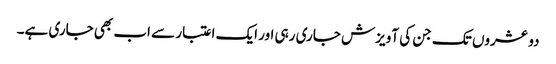
دو عشروں تک جن کی آویزش جاری رہی اور ایک اعتبار سے اب بھی جاری ہے۔